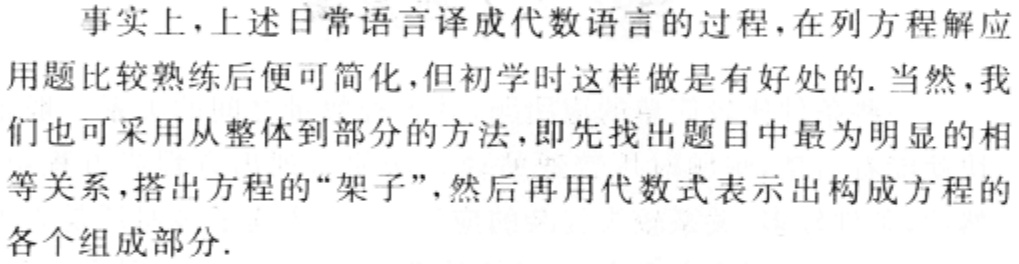
事实上，上述日常语言译成代数语言的过程，在列方程解应用题比较熟练后便可简化，但初学时这样做是有好处的. 当然，我们也可采用从整体到部分的方法，即先找出题目中最为明显的相等关系，搭出方程的“架子”，然后再用代数式表示出构成方程的各个组成部分.